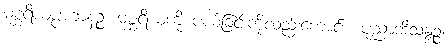
မစ္ဆရိယပ္ပဟာနဉ္စ၊ မစ္ဆရိယကို ပယ်ခြင်းကိုလည်းကောင်း။ ပုညာဘိသန္ဒဉ္စ၊